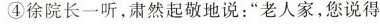
④徐院长一听，肃然起敬地说：”老人家，您说得